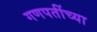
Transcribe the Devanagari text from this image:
गणपतींच्या